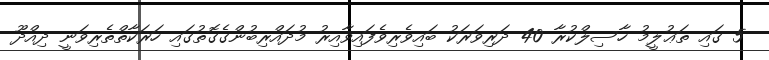
5 ގައި ތަޢުލީމު ހާސިލްކުރާ 40 ދަރިވަރަކު ބައިވެރިވެފައިވާއިރު މުދައްރިބުންގެގޮތުގައި ހަރަކާތްތެރިވަނީ ދިއްދޫ